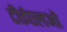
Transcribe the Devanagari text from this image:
टीईएलओ